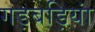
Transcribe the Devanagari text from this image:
गड़बड़ियां